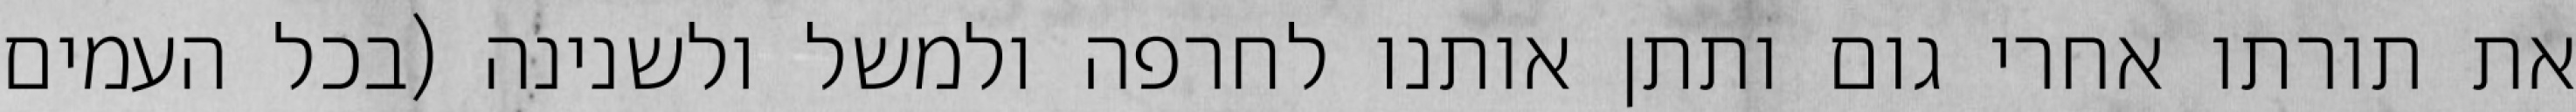
את תורתו אחרי גום ותתן אותנו לחרפה ולמשל ולשנינה (בכל העמים